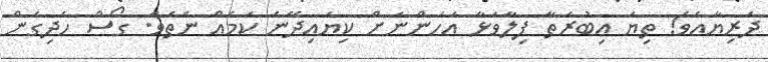
ދަރިޔާއެވެ! ތިޔަ ޢިބުރަތާ ފިލާވަޅާ އަހަންނަށް ކިޔައިދޭނެ ކަމެއް ނެތެވެ. ގޯސް ހެދިގެން